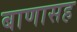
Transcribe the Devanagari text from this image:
बाणासह